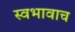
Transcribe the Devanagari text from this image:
स्वभावाच